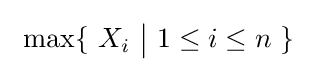
\ \max\{\ X_{i}\ {\big |}\ 1\leq i\leq n\ \}\